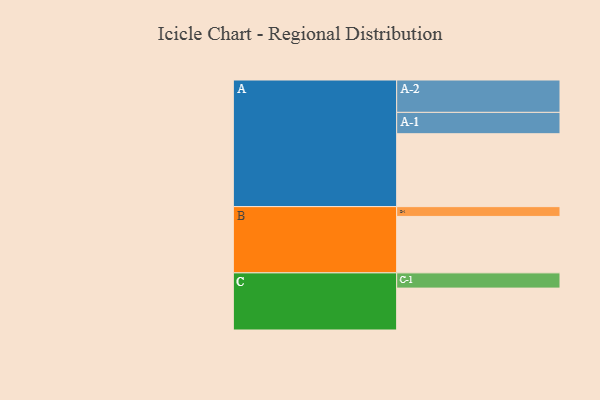
{"axis": {"x": "Segment", "y": "Value"}, "legend": ["", "A", "B", "C"], "data": [{"x": "A", "y": 536, "type": ""}, {"x": "B", "y": 415, "type": ""}, {"x": "C", "y": 308, "type": ""}, {"x": "A-1", "y": 157, "type": "A"}, {"x": "A-2", "y": 238, "type": "A"}, {"x": "B-1", "y": 72, "type": "B"}, {"x": "C-1", "y": 112, "type": "C"}]}